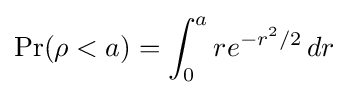
\Pr(\rho <a)=\int _{0}^{a}re^{-r^{2}/2}\,dr